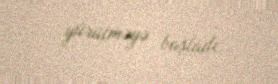
yürütməyə başladı.